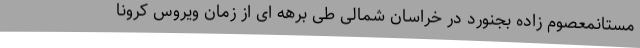
مستانمعصوم زاده بجنورد در خراسان شمالی طی برهه ای از زمان ویروس کرونا